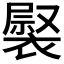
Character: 𧛽